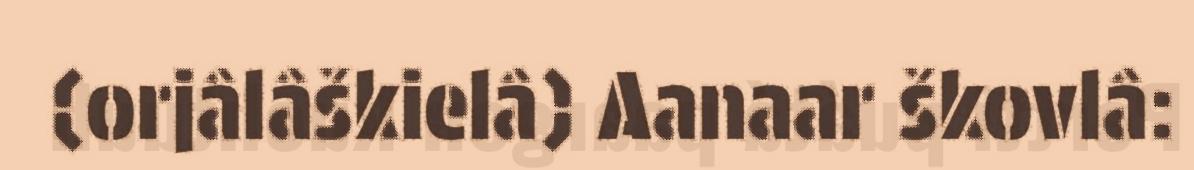
(orjâlâškielâ) Aanaar škovlâ: